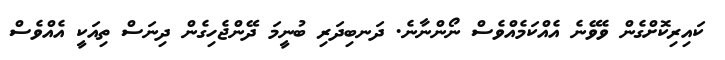
ކައިރިކޮށްގެން ވެވޭނެ އެއްކަމެއްވެސް ނޯންނާނެ. ދަނބިދަރި ބުނީމަ ދޭންޖެހިގެން ދިނަސް ތިއަކީ އެއްވެސް